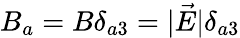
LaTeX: B_{a}=B\delta_{a3}=|\vec{E}|\delta_{a3}